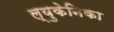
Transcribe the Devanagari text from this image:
ल्युकेनिका